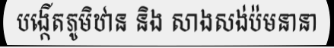
បង្កើតភូមិឋាន និង សាងសង់ប៉មនានា